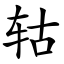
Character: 轱